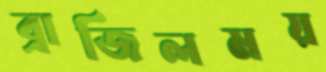
ব্রাজিলময়